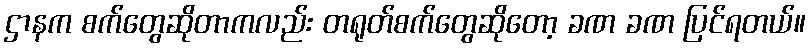
ဌာနက စက်တွေဆိုတာကလည်း တရုတ်စက်တွေဆိုတော့ ခဏ ခဏ ပြင်ရတယ်။